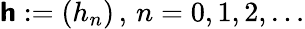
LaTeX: \boldsymbol{\mathsf{h}}:=\left(h_{n}\right)\, ,\, n=0,1,2,\dotsc